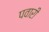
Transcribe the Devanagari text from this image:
पवारी